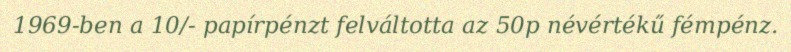
1969-ben a 10/- papírpénzt felváltotta az 50p névértékű fémpénz.